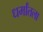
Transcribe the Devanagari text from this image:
धर्मांतला